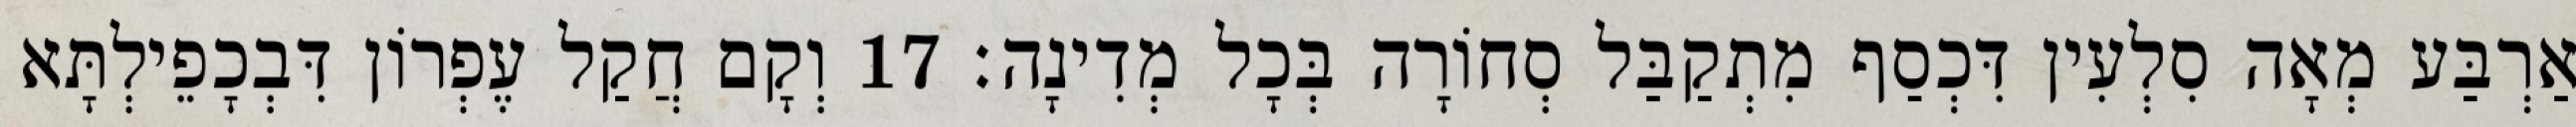
אַרְבַּע מְאָה סִלְעִין דִּכְסַף מִתְקַבַּל סְחוֹרָה בְּכָל מְדִינָה׃ 17 וְקָם חֲקַל עֶפְרוֹן דִּבְכָפֵילְתָּא